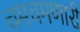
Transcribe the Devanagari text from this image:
चमचमणारी